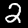
Digit: 2